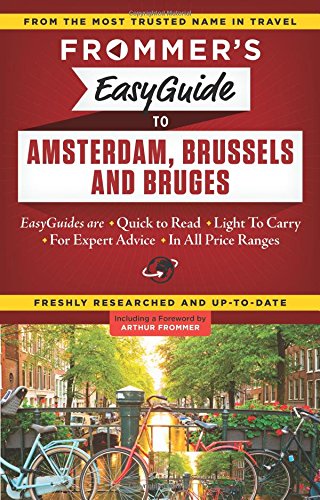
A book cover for Frommer's EasyGuide to Amsterdam, Brussels and Bruges (Easy Guides); Sasha Heseltine; Travel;